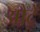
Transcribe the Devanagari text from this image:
औट्रे